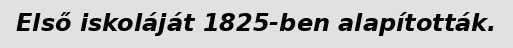
Első iskoláját 1825-ben alapították.